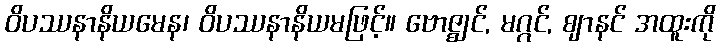
ဝိပဿနာနိယမေန၊ ဝိပဿနာနိယမဖြင့်။ ဗောဇ္ဈင်, မဂ္ဂင်, ဈာနင် အထူးကို